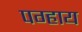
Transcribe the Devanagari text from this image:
पग्हाय